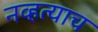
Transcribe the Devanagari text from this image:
नव्हत्याच